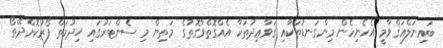
ބައިނަލްއަޤްވާމީ އެހެނިހެން މިންގަނޑުތަކާއި ޤަވާޢިދުތަކާ އެއްގޮތްވާގޮތުގެ މަތިން މި ސެންޓަރުގައި ޚިދުމަތް ފޯރުކޮށްދޭތޯ